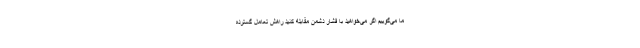
ما می‌گوییم اگر می‌خواهید با فشار دشمن مقابله کنید راهش تعامل گسترده